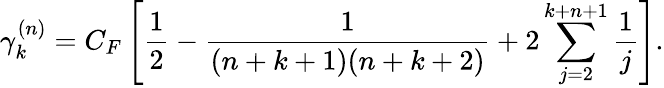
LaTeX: \gamma_{k}^{(n)}=C_{F}\left[\frac 1{2}-\frac 1{(n+k+1)(n+k+2)}+2\sum_{j=2}^{k+n+1}\frac 1{j}\right].